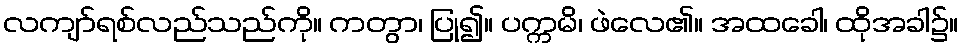
လကျာ်ရစ်လည်သည်ကို။ ကတွာ၊ ပြု၍။ ပက္ကမိ၊ ဖဲလေ၏။ အထခေါ၊ ထိုအခါ၌။